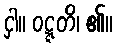
ငှါ။ ဝဋ္ဋတိ၊ ၏။